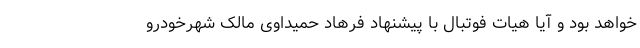
خواهد بود و آیا هیات فوتبال با پیشنهاد فرهاد حمیداوی مالک شهرخودرو